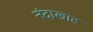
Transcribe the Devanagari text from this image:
नंदाखाट